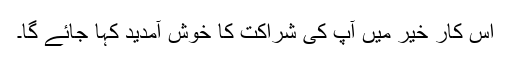
اس کار خیر میں آپ کی شراکت کا خوش آمدید کہا جائے گا۔